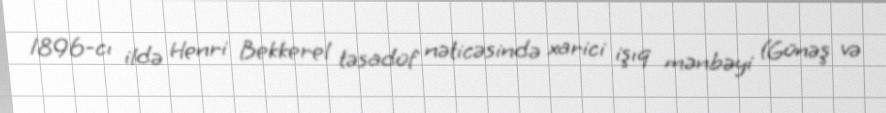
1896-cı ildə Henri Bekkerel təsadüf nəticəsində xarici işıq mənbəyi (Günəş və